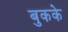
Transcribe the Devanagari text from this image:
बुकके